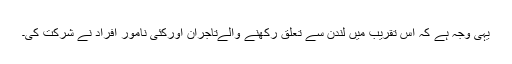
یہی وجہ ہے کہ اس تقریب میں لندن سے تعلق رکھنے والےتاجران اورکئی نامور افراد نے شرکت کی۔